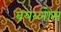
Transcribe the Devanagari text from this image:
बयब्लोस